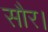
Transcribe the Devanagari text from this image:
सौर।